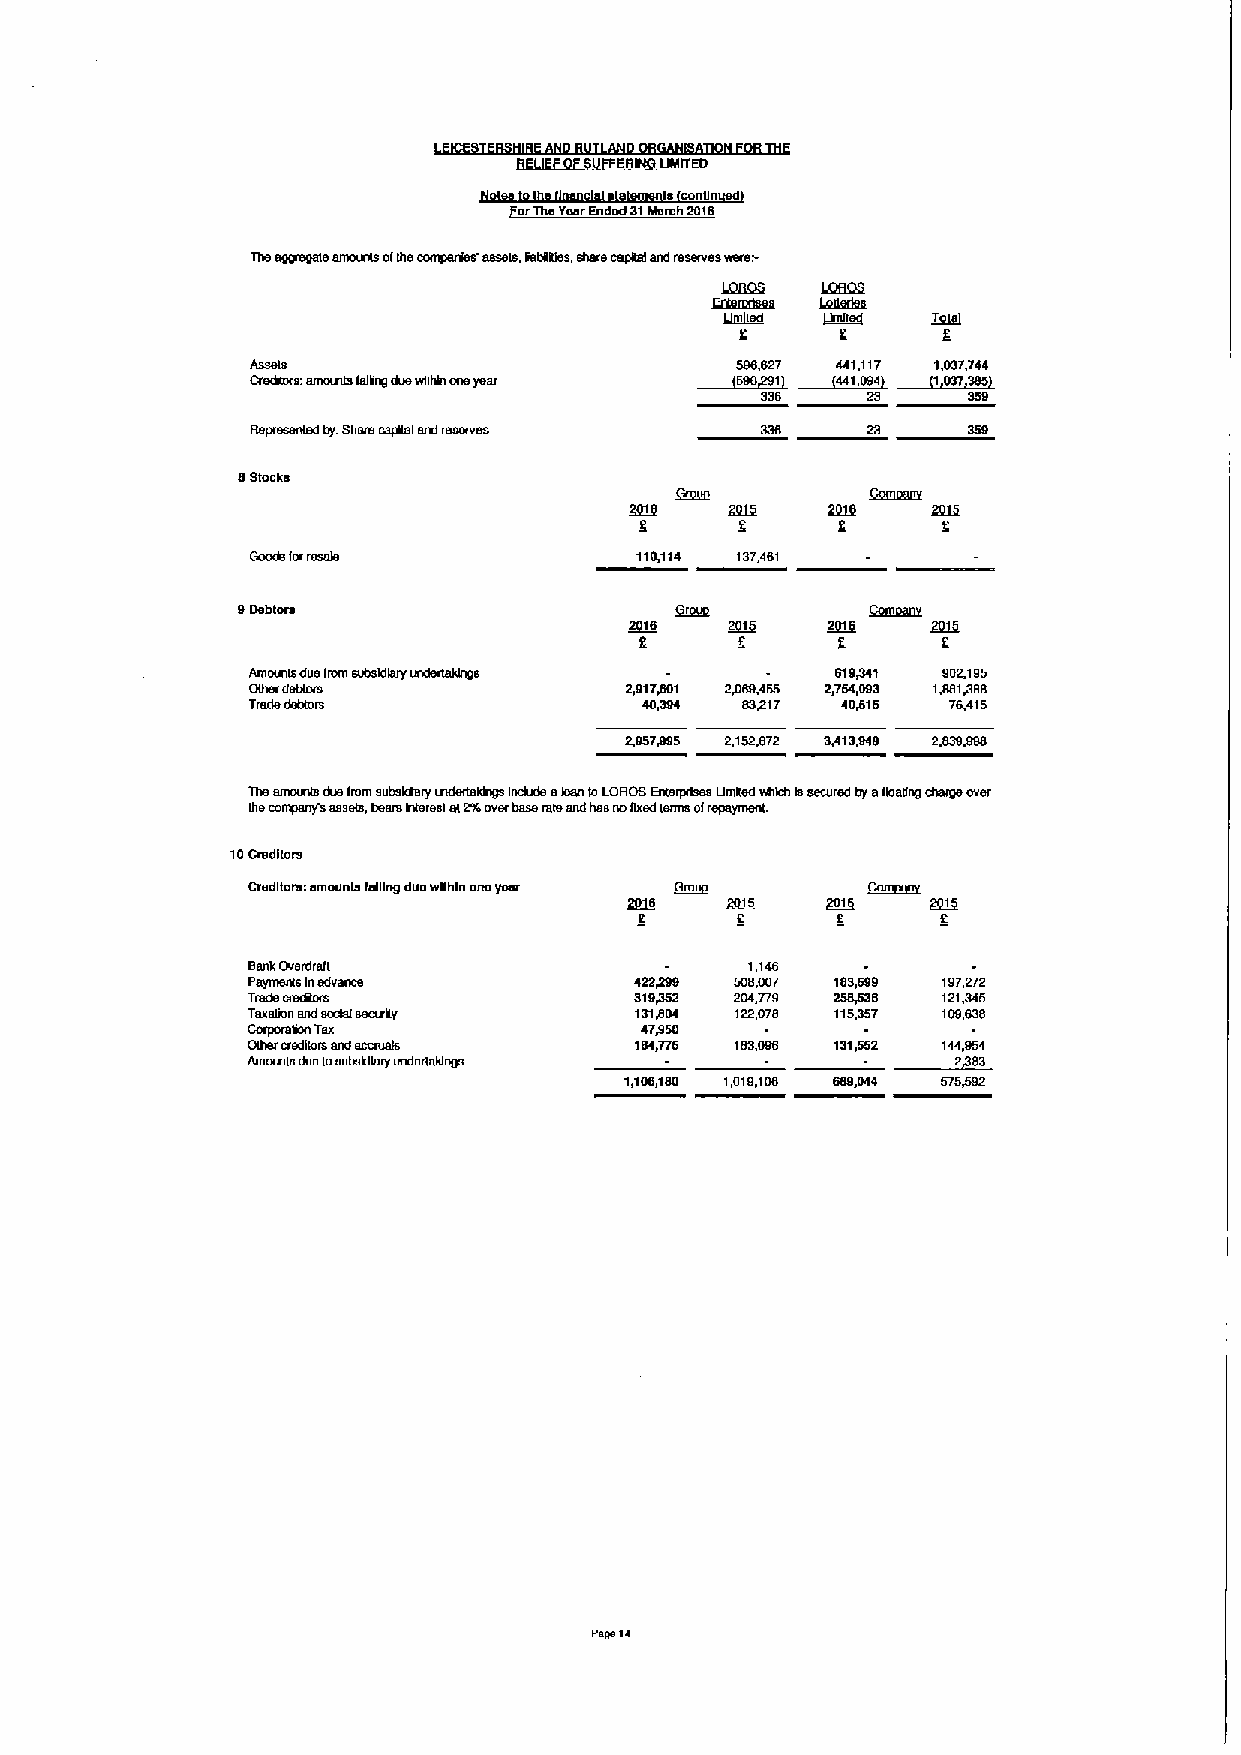
ffQJjjdfjp~RgfQ
 UNITED
 ls cohgh
 orTheYearEnded 31March 2016
 Theagfrugme amounts ofIhecompenkw' assets, yat4tdes, share cepkal and reserves were.-
 LQfiQS LQfLQS
 tglhkkh
 ~led
 Assets                          506,627 441,117 IP37,744
 Cremtors: am«mts fagng duewkhh oneyear
 336
 Rspl sltlaed ty Shius cspkel end Isswvlts
 8Stocks
 110,114 137,461
 9Deblem                      QJIII        QIElggfE
 ~e             2016  ~I     ~2
 2
 Am«mls due from eubskkwy               01SPSI 902,195
 Other debt«s             2,91TP01 2P69,465 2,764,003 Id«IPBB
 Tlsds debtors              40,3!H SSPI7 40P16  76,415
 2,057P95 2,152P72 3,413P40 2,030P00
 Theamounts due from sutwklery «tdertekhgs Incdde edan toLORDS Enteqxhes Umked whdh hsecured byaIdadng charge over
 Ihecompany's assets, bears hteresl el2%overbaserateand hasnogxed lerms ofrepayment.
 10Credkors
 Creditors: amounh taking due wkhln onu year Comggnk
 2015   ~I     ~I
 K     2
 SankOvemreh                       1,146
 Paymenls Inedvwde         422P90 500,007 183,690 197,272
 Trade crecgom             S19P52 204,T/9 258(OS 121,345
 Taxeldn and sochl searky  131Jfge 122,078 115,357 109,630
 Corporaion Tax            47JI60
 Olh8l cfsdkols 8ndaccnt8ls IIN,776     131,552 144,954
 Amc«38 due lo8utwkkely onderlaldngs
 1,106,180 1,010,100 680,044 575P92
 P 814